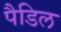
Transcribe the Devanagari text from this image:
पैडिल